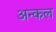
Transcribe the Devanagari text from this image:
अन्कल